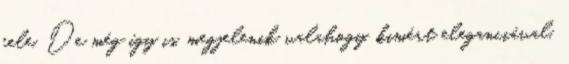
fele. De még így is, megjelenik valahogy, kimért eleganciával,